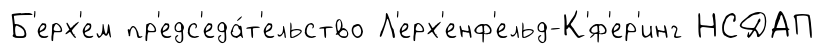
Б'ерх'ем пр'едс'еда́т'ельство Л'ерх'енф'ельд-К'́ф'ер'инг НСДАП